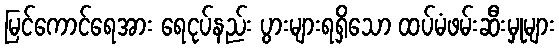
မြင်ကောင်ရေအား ရေငုပ်နည်း ပွားများရရှိသော ထပ်မံဖမ်းဆီးမှုများ